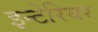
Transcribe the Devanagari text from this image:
इन्टेरियर